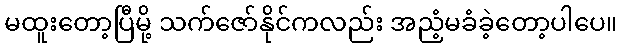
မထူးတော့ပြီမို့ သက်ဇော်နိုင်ကလည်း အညံ့မခံခဲ့တော့ပါပေ။